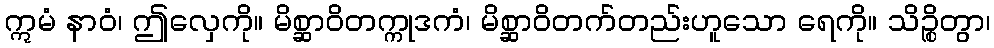
ဣမံ နာဝံ၊ ဤလှေကို။ မိစ္ဆာဝိတက္ကုဒကံ၊ မိစ္ဆာဝိတက်တည်းဟူသော ရေကို။ သိဉ္စိတွာ၊